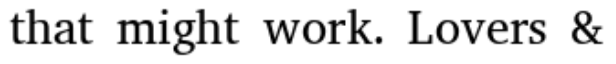
that might work. Lovers &